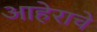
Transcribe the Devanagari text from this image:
आहेराचे